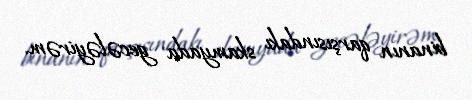
binanın qarşısındakı skamyada gecələyirəm.